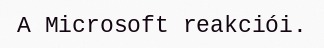
A Microsoft reakciói.